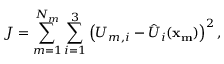
J = \sum _ { m = 1 } ^ { N _ { m } } \sum _ { i = 1 } ^ { 3 } \left( U _ { m , i } - \hat { U } _ { i } ( \mathbf { x _ { m } } ) \right) ^ { 2 } ,